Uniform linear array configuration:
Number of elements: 48
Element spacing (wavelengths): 0.75
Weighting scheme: cosine
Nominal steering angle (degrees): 30
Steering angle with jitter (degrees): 30.931
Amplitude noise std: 0.05
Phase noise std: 0.05

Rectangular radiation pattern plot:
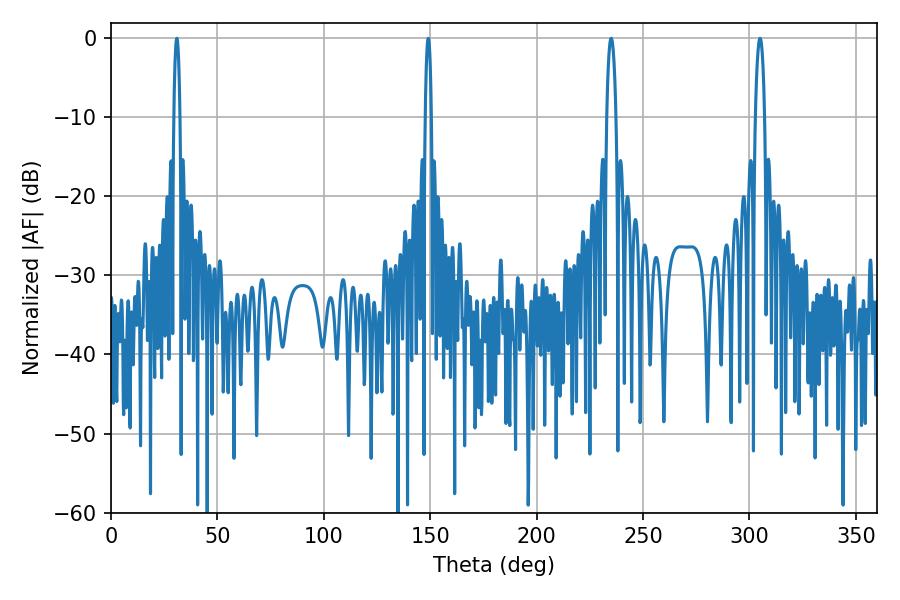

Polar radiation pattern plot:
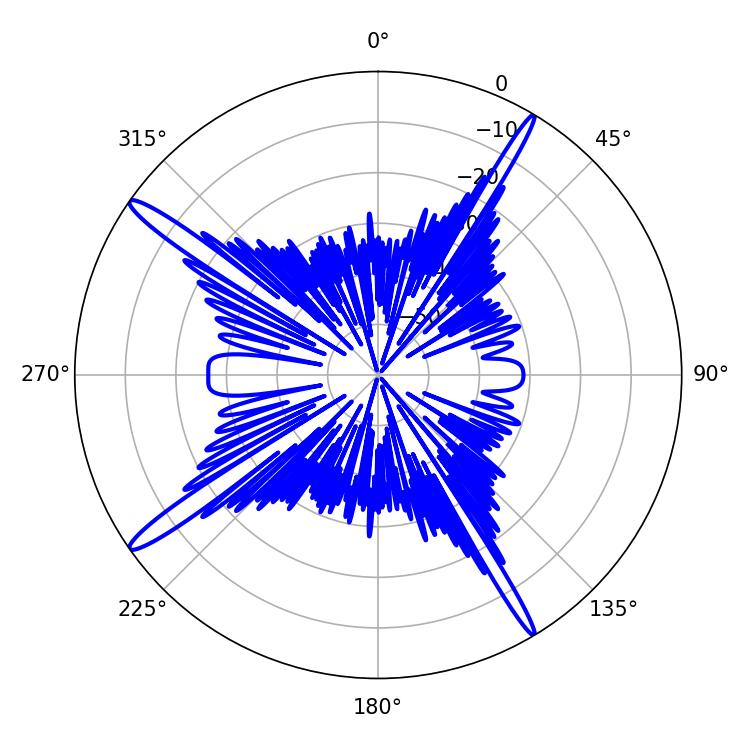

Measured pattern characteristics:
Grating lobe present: TRUE
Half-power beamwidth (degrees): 1.44
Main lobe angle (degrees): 149.04